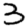
Digit: 3